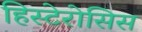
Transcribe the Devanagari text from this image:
हिस्टेरोसिस